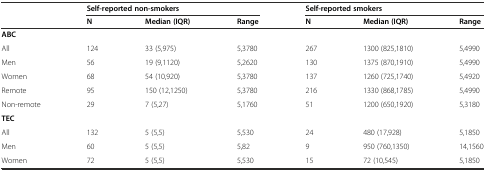
<table><thead><tr><td></td><td colspan="3"><b>Self-reported non-smokers</b></td><td colspan="3"><b>Self-reported smokers</b></td></tr><tr><td></td><td><b>N</b></td><td><b>Median (IQR)</b></td><td><b>Range</b></td><td><b>N</b></td><td><b>Median (IQR)</b></td><td><b>Range</b></td></tr></thead><tbody><tr><td><b>ABC</b></td><td></td><td></td><td></td><td></td><td></td><td></td></tr><tr><td>All</td><td>124</td><td>33 (5,975)</td><td>5,3780</td><td>267</td><td>1300 (825,1810)</td><td>5,4990</td></tr><tr><td>Men</td><td>56</td><td>19 (9,1120)</td><td>5,2620</td><td>130</td><td>1375 (870,1910)</td><td>5,4990</td></tr><tr><td>Women</td><td>68</td><td>54 (10,920)</td><td>5,3780</td><td>137</td><td>1260 (725,1740)</td><td>5,4920</td></tr><tr><td>Remote</td><td>95</td><td>150 (12,1250)</td><td>5,3780</td><td>216</td><td>1330 (868,1785)</td><td>5,4990</td></tr><tr><td>Non-remote</td><td>29</td><td>7 (5,27)</td><td>5,1760</td><td>51</td><td>1200 (650,1920)</td><td>5,3180</td></tr><tr><td><b>TEC</b></td><td></td><td></td><td></td><td></td><td></td><td></td></tr><tr><td>All</td><td>132</td><td>5 (5,5)</td><td>5,530</td><td>24</td><td>480 (17,928)</td><td>5,1850</td></tr><tr><td>Men</td><td>60</td><td>5 (5,5)</td><td>5,82</td><td>9</td><td>950 (760,1350)</td><td>14,1560</td></tr><tr><td>Women</td><td>72</td><td>5 (5,5)</td><td>5,530</td><td>15</td><td>72 (10,545)</td><td>5,1850</td></tr></tbody></table>